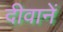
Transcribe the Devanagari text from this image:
दीवानें